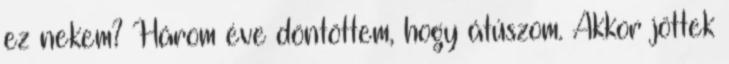
ez nekem? Három éve döntöttem, hogy átúszom. Akkor jöttek